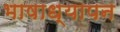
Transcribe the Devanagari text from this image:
भाषाध्यापन